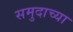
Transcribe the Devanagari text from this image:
समुदाच्या